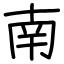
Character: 南